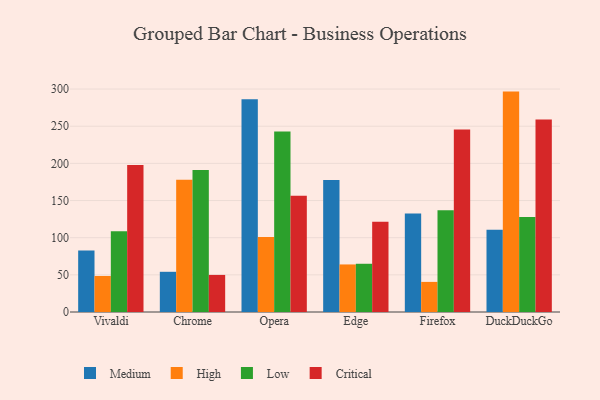
{"axis": {"x": "Browser", "y": "Shipments"}, "legend": ["Critical", "High", "Low", "Medium"], "data": [{"x": "Vivaldi", "y": 82.8, "type": "Medium"}, {"x": "Vivaldi", "y": 48.5, "type": "High"}, {"x": "Vivaldi", "y": 108.5, "type": "Low"}, {"x": "Vivaldi", "y": 197.8, "type": "Critical"}, {"x": "Chrome", "y": 54.1, "type": "Medium"}, {"x": "Chrome", "y": 177.9, "type": "High"}, {"x": "Chrome", "y": 191.2, "type": "Low"}, {"x": "Chrome", "y": 49.9, "type": "Critical"}, {"x": "Opera", "y": 286.3, "type": "Medium"}, {"x": "Opera", "y": 100.8, "type": "High"}, {"x": "Opera", "y": 242.8, "type": "Low"}, {"x": "Opera", "y": 156.6, "type": "Critical"}, {"x": "Edge", "y": 177.7, "type": "Medium"}, {"x": "Edge", "y": 64.0, "type": "High"}, {"x": "Edge", "y": 64.9, "type": "Low"}, {"x": "Edge", "y": 121.6, "type": "Critical"}, {"x": "Firefox", "y": 132.4, "type": "Medium"}, {"x": "Firefox", "y": 40.5, "type": "High"}, {"x": "Firefox", "y": 136.9, "type": "Low"}, {"x": "Firefox", "y": 245.6, "type": "Critical"}, {"x": "DuckDuckGo", "y": 110.6, "type": "Medium"}, {"x": "DuckDuckGo", "y": 296.6, "type": "High"}, {"x": "DuckDuckGo", "y": 127.7, "type": "Low"}, {"x": "DuckDuckGo", "y": 259.1, "type": "Critical"}]}